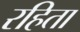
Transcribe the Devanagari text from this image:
रहिता